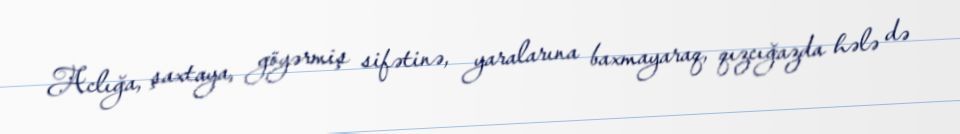
Aclığa, şaxtaya, göyərmiş sifətinə, yaralarına baxmayaraq, qızcığazda hələ də